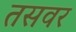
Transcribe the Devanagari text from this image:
तसवर